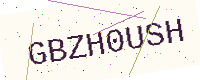
Text: GBZH0USH